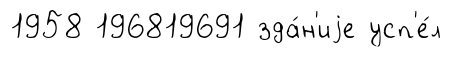
1958 196819691 зда́н'иjе усп'е́л